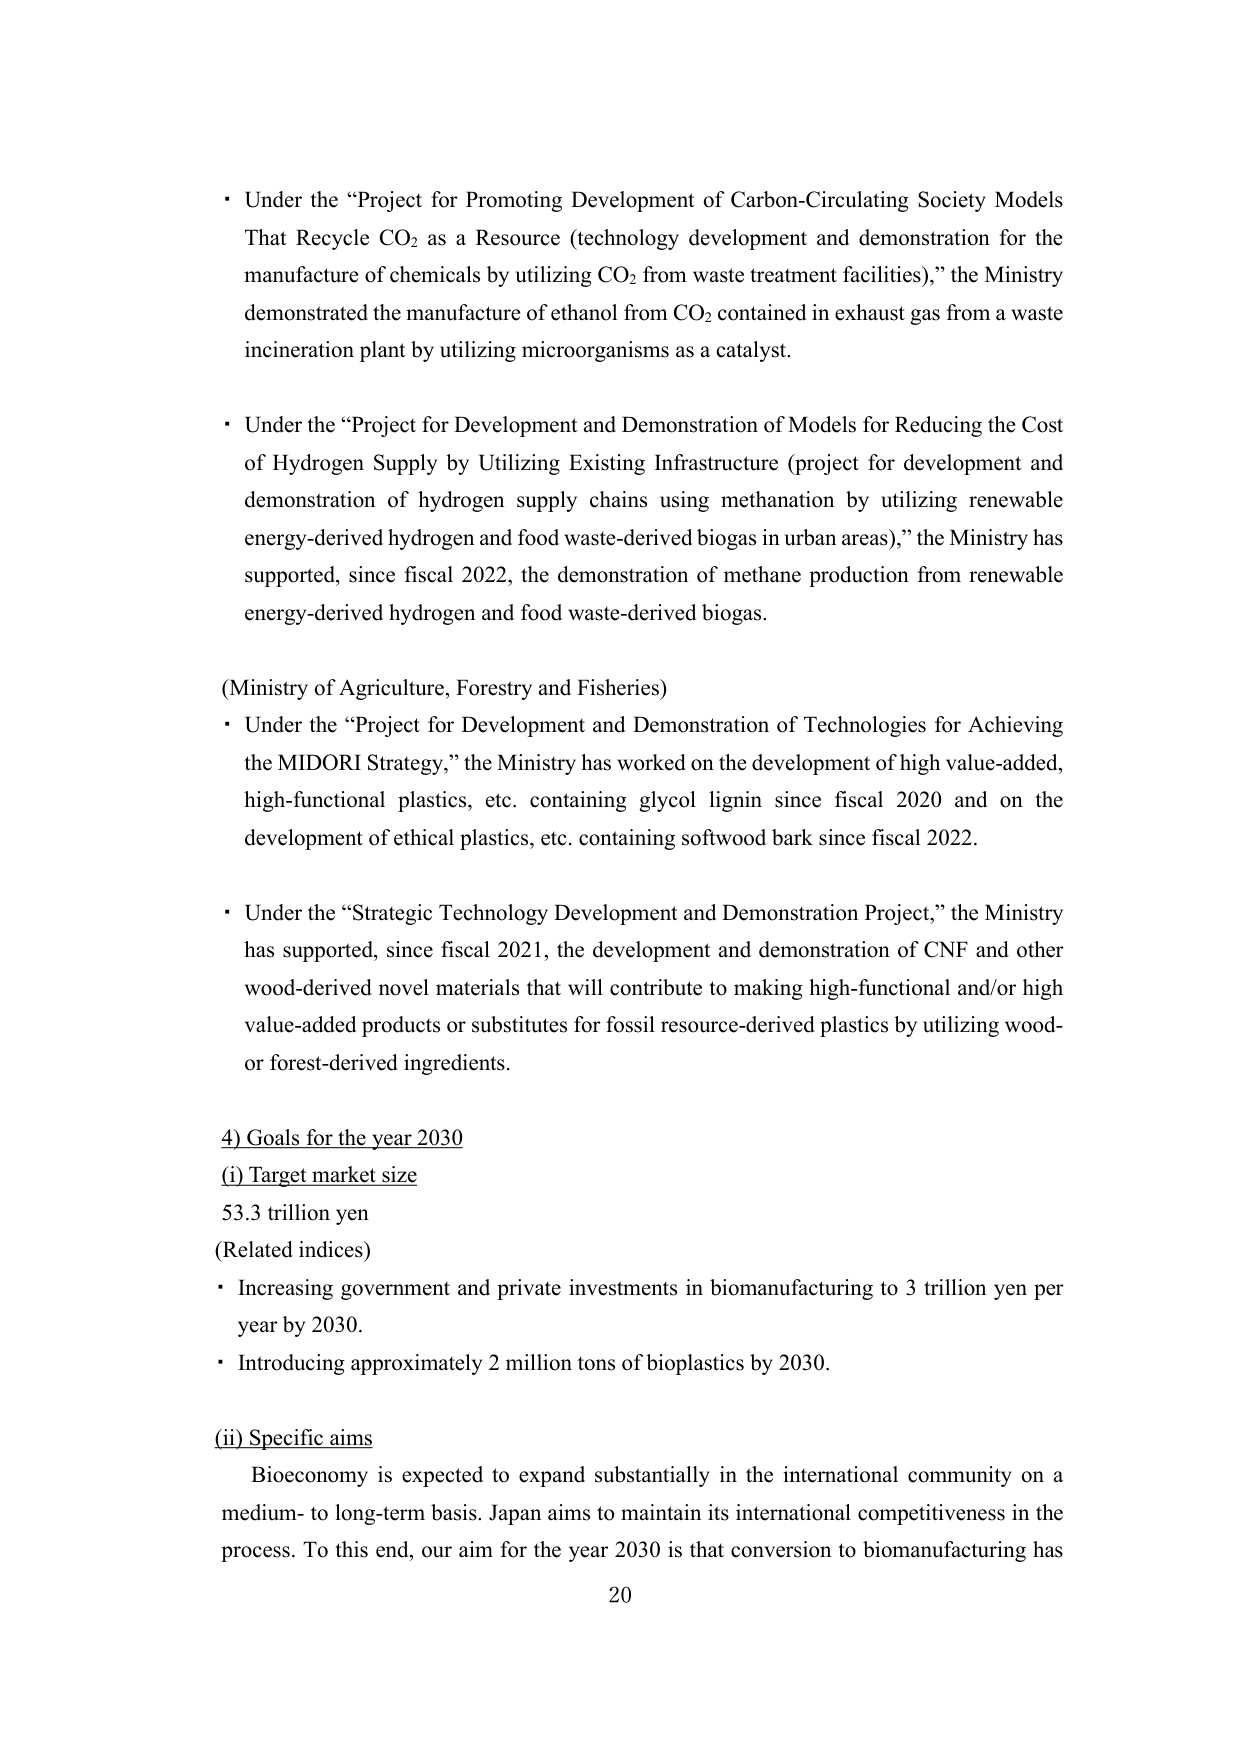
• Under the “Project for Promoting Development of Carbon-Circulating Society Models That Recycle CO₂ as a Resource (technology development and demonstration for the manufacture of chemicals by utilizing CO₂ from waste treatment facilities),” the Ministry demonstrated the manufacture of ethanol from CO₂ contained in exhaust gas from a waste incineration plant by utilizing microorganisms as a catalyst.

• Under the “Project for Development and Demonstration of Models for Reducing the Cost of Hydrogen Supply by Utilizing Existing Infrastructure (project for development and demonstration of hydrogen supply chains using methanation by utilizing renewable energy-derived hydrogen and food waste-derived biogas in urban areas),” the Ministry has supported, since fiscal 2022, the demonstration of methane production from renewable energy-derived hydrogen and food waste-derived biogas.

(Ministry of Agriculture, Forestry and Fisheries)
• Under the “Project for Development and Demonstration of Technologies for Achieving the MIDORI Strategy,” the Ministry has worked on the development of high value-added, high-functional plastics, etc. containing glycol lignin since fiscal 2020 and on the development of ethical plastics, etc. containing softwood bark since fiscal 2022.

• Under the “Strategic Technology Development and Demonstration Project,” the Ministry has supported, since fiscal 2021, the development and demonstration of CNF and other wood-derived novel materials that will contribute to making high-functional and/or high value-added products or substitutes for fossil resource-derived plastics by utilizing wood- or forest-derived ingredients.

4) Goals for the year 2030
(i) Target market size
53.3 trillion yen
(Related indices)
• Increasing government and private investments in biomanufacturing to 3 trillion yen per year by 2030.
• Introducing approximately 2 million tons of bioplastics by 2030.

(ii) Specific aims
Bioeconomy is expected to expand substantially in the international community on a medium- to long-term basis. Japan aims to maintain its international competitiveness in the process. To this end, our aim for the year 2030 is that conversion to biomanufacturing has

20